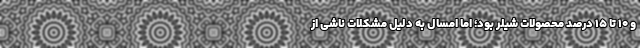
و ۱۰ تا ۱۵ درصد محصولات شیلر بود؛ اما امسال به‌ دلیل مشکلات ناشی از